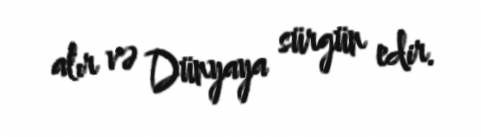
alır və Dünyaya sürgün edir.